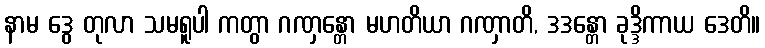
နာမ ဒွေ တုလာ သမရူပါ ကတွာ ဂဏှန္တော မဟတိယာ ဂဏှာတိ, ဒဒန္တော ခုဒ္ဒိကာယ ဒေတိ။